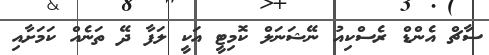
ސާޗް އެންޑް ރެސްކިއު ނޭޝަނަލް ކޮމިޓީ އަކީ ލަފާ ދޭ ތަނެއް ކަމަށާއި